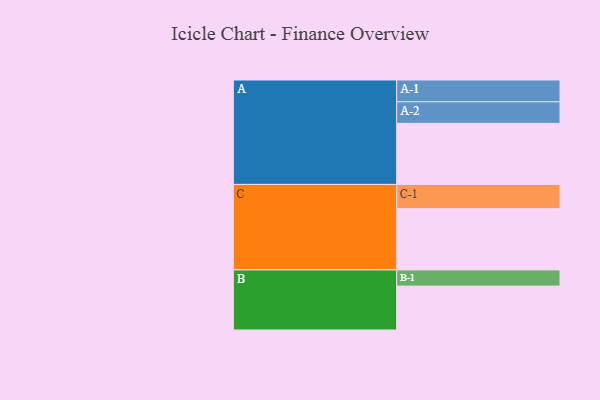
{"axis": {"x": "Segment", "y": "Value"}, "legend": ["", "A", "B", "C"], "data": [{"x": "A", "y": 552, "type": ""}, {"x": "B", "y": 397, "type": ""}, {"x": "C", "y": 554, "type": ""}, {"x": "A-1", "y": 197, "type": "A"}, {"x": "A-2", "y": 195, "type": "A"}, {"x": "B-1", "y": 146, "type": "B"}, {"x": "C-1", "y": 219, "type": "C"}]}